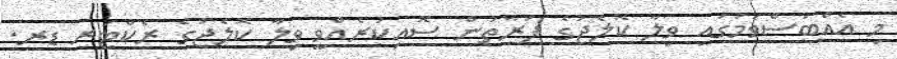
މި އެއްބަސްވުމުގައި ވިލާ ކޮލެޖުގެ ފަރާތުން ސޮއިކުރެއްވީ ވިލާ ކޮލެޖުގެ ރެކްޓަރ ޑރ.